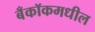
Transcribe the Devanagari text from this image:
बँकॉकमधील